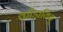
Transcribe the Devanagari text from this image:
कोंडाविदु